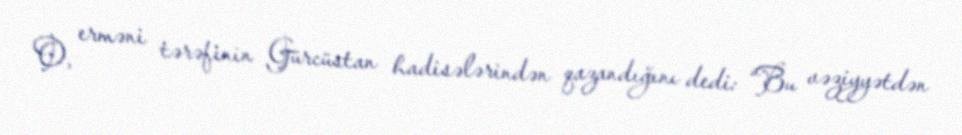
O, erməni tərəfinin Gürcüstan hadisələrindən qazandığını dedi: “Bu vəziyyətdən